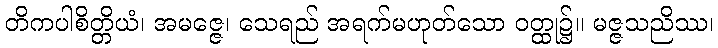
တိကပါစိတ္တိယံ၊ အမဇ္ဇေ၊ သေရည် အရက်မဟုတ်သော ဝတ္ထု၌။ မဇ္ဇသညိဿ၊